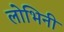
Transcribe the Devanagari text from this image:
लोभिनी